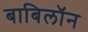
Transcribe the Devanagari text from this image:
बाबिलॉन